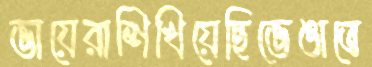
ভায়েরাশিখিয়েছিভেঙাতে